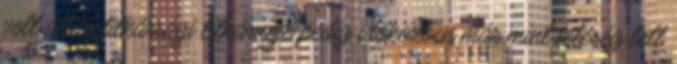
volt államtitkársági titkárnõje pedig idõközben már mint feleség lett